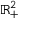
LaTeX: \mathbb { R } _ { + } ^ { 2 }